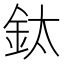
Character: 鈦